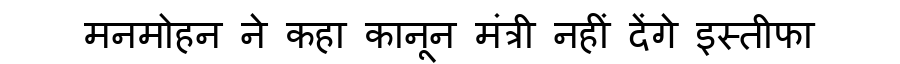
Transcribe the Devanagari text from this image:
मनमोहन ने कहा कानून मंत्री नहीं देंगे इस्तीफा